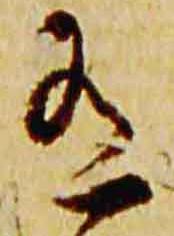
有